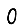
Digit: 0